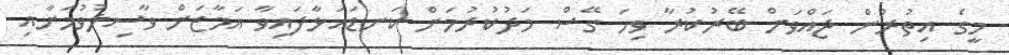
މީގެ އިތުރުން ޖައްވަށް ބޭރުކުރާ ވިހަ ގޭސް މަދުކުރުމަށް ކަނޑައަޅާފައިވާ އަމާޒަށް ވާސިލުވުމަށާއި